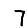
Digit: 7